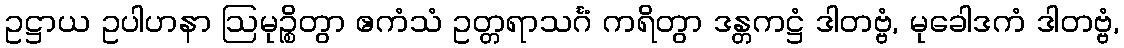
ဥဋ္ဌာယ ဥပါဟနာ ဩမုဉ္စိတွာ ဧကံသံ ဥတ္တရာသင်္ဂံ ကရိတွာ ဒန္တကဋ္ဌံ ဒါတဗ္ဗံ, မုခေါဒကံ ဒါတဗ္ဗံ,